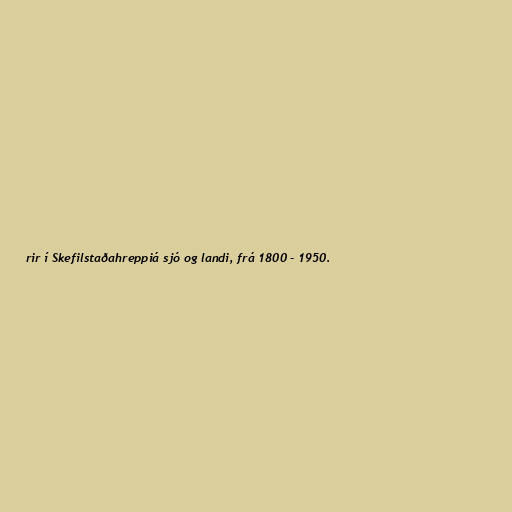
rir í Skefilstaðahreppiá sjó og landi, frá 1800 - 1950.